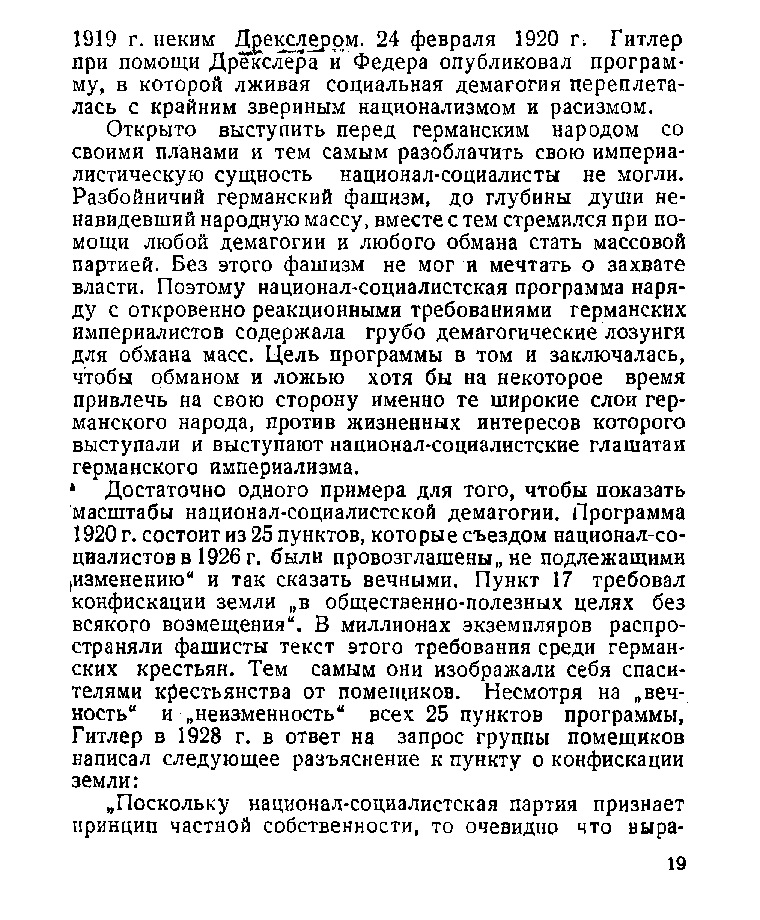
1919 г. неким Декодером. 24 февраля 1920 г-. Гитлер
 при помощи Дрекслера й Федера опубликовал програм­
 му, в которой лживая социальная демагогия переплета­
 лась с крайним звериным национализмом и расизмом.
 Открыто выступить перед германским народом со
 своими планами и тем самым разоблачить свою империа­
 листическую сущность национал-социалисты не могли.
 Разбойничий германский фашизм, до глубины души не­
 навидевший народную массу, вместе с тем стремился при по­
 мощи любой демагогии и любого обмана стать массовой
 партией. Без этого фашизм не мог и мечтать о захвате
 власти. Поэтому национал-социалистская программа наря­
 ду с откровенно реакционными требованиями германских
 империалистов содержала грубо демагогические лозунги
 для обмана масс. Цель программы в том и заключалась,
 чтобы обманом и ложью хотя бы на некоторое время
 привлечь на свою сторону именно те широкие слои гер­
 манского народа, против жизненных интересов которого
 выступали и выступают национал-социалистские глашатаи
 германского империализма.
 * Достаточно одного примера для того, чтобы показать
 масштабы национал-социалистской демагогии. Программа
 1920 г. состоит из 25 пунктов, которые съездом национал-со­
 циалистов в 1926 г. были провозглашены,, не подлежащими
 (Изменению“ и так сказать вечными. Пункт 17 требовал
 конфискации земли „в общественно-полезных целях без
 всякого возмещения“. В миллионах экземпляров распро­
 страняли фашисты текст этого требования среди герман­
 ских крестьян. Тем самым они изображали себя спаси­
 телями крестьянства от помещиков. Несмотря на „веч­
 ность“ и „неизменность“ всех 25 пунктов программы,
 Гитлер в 1928 г. в ответ на запрос группы помещиков
 написал следующее разъяснение к пункту о конфискации
 земли:
 „Поскольку национал-социалистская партия признает
 принцип частной собственности, то очевидно что выра­
 19